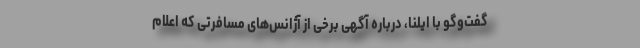
گفت‌وگو با ایلنا، درباره آگهی برخی از آژانس‌های مسافرتی که اعلام